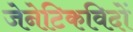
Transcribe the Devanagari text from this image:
जेनेटिकविदों